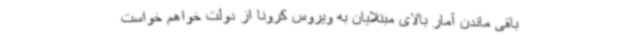
باقی ماندن آمار بالای مبتلایان به ویروس کرونا از دولت خواهم خواست